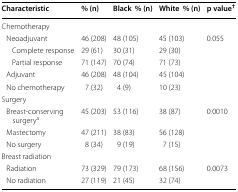
<table><thead><tr><td><b>Characteristic</b></td><td><b>% (n)</b></td><td><b>Black% (n)</b></td><td><b>White% (n)</b></td><td><b>p value<sup>†</sup></b></td></tr></thead><tbody><tr><td colspan="5">Chemotherapy</td></tr><tr><td> Neoadjuvant</td><td>46 (208)</td><td>48 (105)</td><td>45 (103)</td><td>0.055</td></tr><tr><td>Complete response</td><td>29 (61)</td><td>30 (31)</td><td>29 (30)</td><td></td></tr><tr><td>Partial response</td><td>71 (147)</td><td>70 (74)</td><td>71 (73)</td><td></td></tr><tr><td> Adjuvant</td><td>46 (208)</td><td>48 (104)</td><td>45 (104)</td><td></td></tr><tr><td> No chemotherapy</td><td>7 (32)</td><td>4 (9)</td><td>10 (23)</td><td></td></tr><tr><td colspan="5">Surgery</td></tr><tr><td> Breast-conserving surgery<sup>a</sup></td><td>45 (203)</td><td>53 (116)</td><td>38 (87)</td><td>0.0010</td></tr><tr><td> Mastectomy</td><td>47 (211)</td><td>38 (83)</td><td>56 (128)</td><td></td></tr><tr><td> No surgery</td><td>8 (34)</td><td>9 (19)</td><td>7 (15)</td><td></td></tr><tr><td colspan="5">Breast radiation</td></tr><tr><td> Radiation</td><td>73 (329)</td><td>79 (173)</td><td>68 (156)</td><td>0.0073</td></tr><tr><td> No radiation</td><td>27 (119)</td><td>21 (45)</td><td>32 (74)</td><td></td></tr></tbody></table>